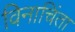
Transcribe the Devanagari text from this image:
विनाचिंता